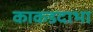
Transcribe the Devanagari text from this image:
काकडदाभा